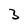
Character: 3